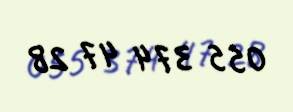
055 374 47 28